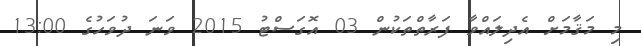
މި މަޤާމަށް އެދިލައްވާ ފަރާތްތަކުން 03 އޮގަސްޓު 2015 ވަނަ ދުވަހުގެ 13:00